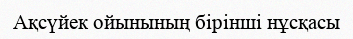
Ақсүйек ойынының бірінші нұсқасы